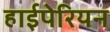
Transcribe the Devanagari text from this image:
हाईपेरियन